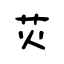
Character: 苂